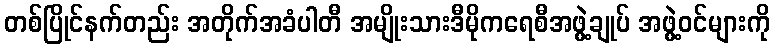
တစ်ပြိုင်နက်တည်း အတိုက်အခံပါတီ အမျိုးသားဒီမိုကရေစီအဖွဲ့ချုပ် အဖွဲ့ဝင်များကို